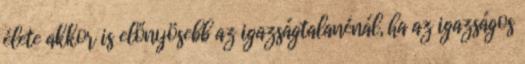
élete akkor is előnyösebb az igazságtalanénál, ha az igazságos